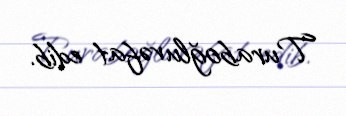
Turaboğlu vəfat edib.